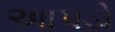
આપડો